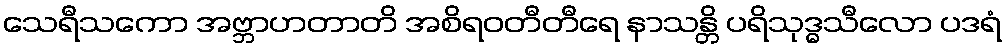
သေရီသကော အဗ္ဘာဟတာတိ အစိရဝတီတီရေ နာသန္တိ ပရိသုဒ္ဓသီလော ပဒရံ